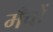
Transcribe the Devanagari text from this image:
मँचों